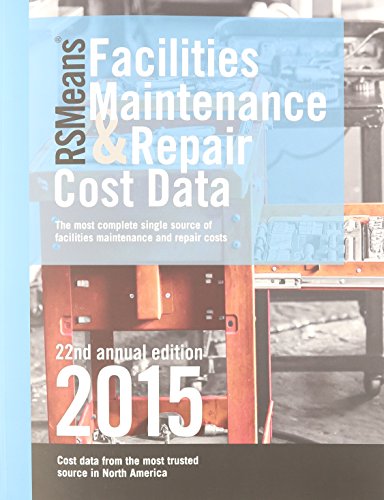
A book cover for Rsmeans Facilities Maintenance & Repair Cost Data; Arts & Photography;